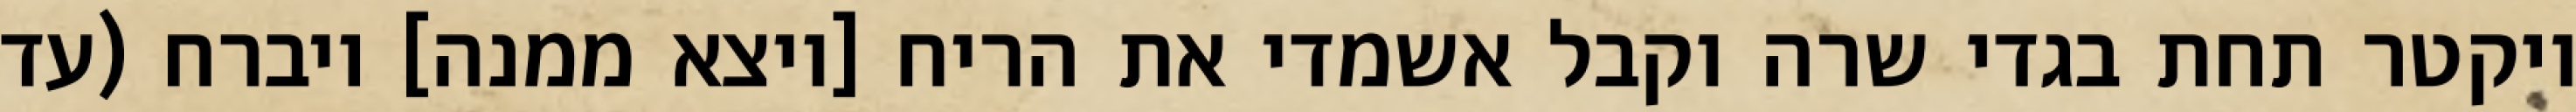
ויקטר תחת בגדי שרה וקבל אשמדי את הריח [ויצא ממנה] ויברח (עד